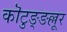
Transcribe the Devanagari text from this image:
कॊटुङ्ङल्लूर